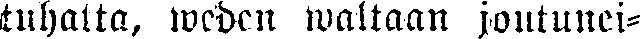
tuhatta, weden waltaan joutunei-